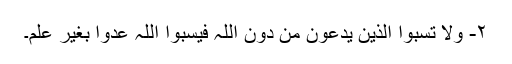
۲- ولا تسبوا الذین یدعون من دون اللّٰہ فیسبوا اللّٰہ عدوا بغیر علم۔